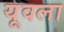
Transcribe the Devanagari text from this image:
यूवला